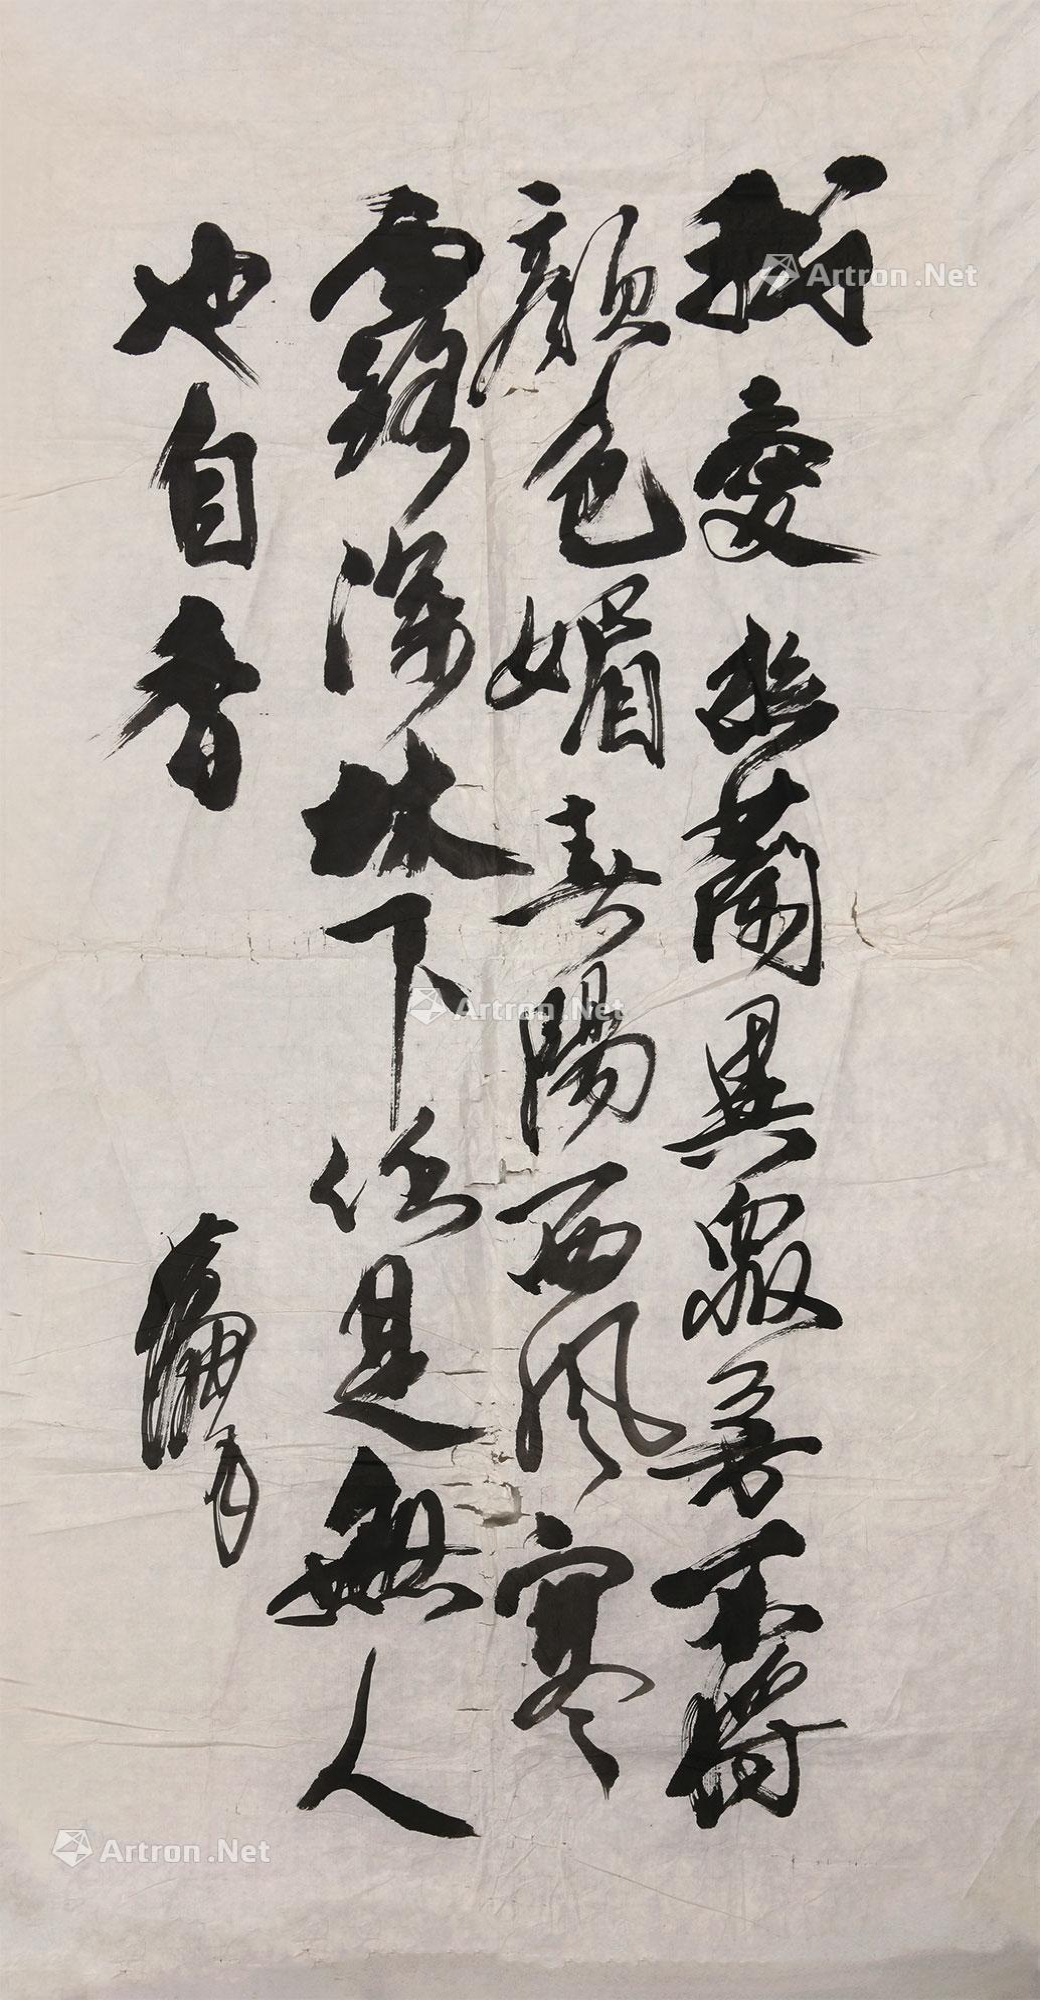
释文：我爱幽兰异众芳，不将颜色媚春阳。西风寒露深林下，任是无人也自香。黄胄